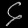
Digit: ၄